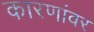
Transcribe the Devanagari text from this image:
कारणांवर